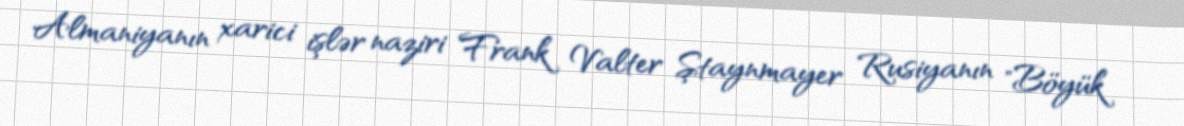
Almaniyanın xarici işlər naziri Frank Valter Ştaynmayer Rusiyanın "Böyük